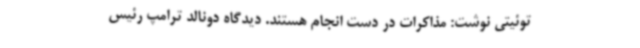
توئیتی نوشت: مذاکرات در دست انجام هستند. دیدگاه دونالد ترامپ رئیس